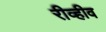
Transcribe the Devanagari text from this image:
रीव्हीव